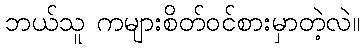
ဘယ်သူ ကများစိတ်ဝင်စားမှာတဲ့လဲ။